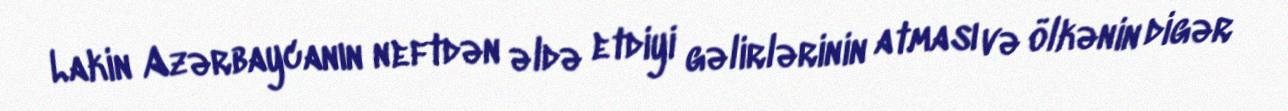
Lakin Azərbaycanın neftdən əldə etdiyi gəlirlərinin atması və ölkənin digər